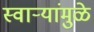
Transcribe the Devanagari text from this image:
स्वाऱ्यांमुळे